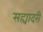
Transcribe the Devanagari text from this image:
सह्यादरी